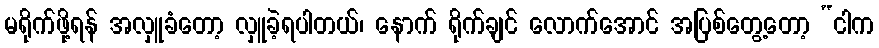
မရိုက်ဖို့ရန် အလှူခံတော့ လှူခဲ့ရပါတယ်၊ နောက် ရိုက်ချင် လောက်အောင် အပြစ်တွေ့တော့ “ငါက